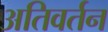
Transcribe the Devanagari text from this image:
अतिवर्तन